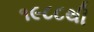
૧૯૮૮થી